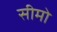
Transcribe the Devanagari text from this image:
सीमो